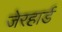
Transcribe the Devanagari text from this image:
जेरहार्ड